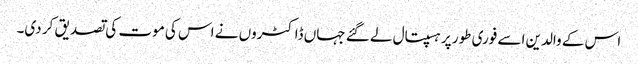
اس کے والدین اسے فوری طور پر ہسپتال لے گئے جہاں ڈاکٹروں نے اس کی موت کی تصدیق کر دی۔